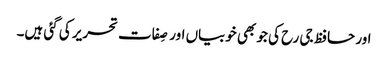
اور حافظ جی رح کی جو بھی خوبیاں اور صِفات تحریر کی گئی ہیں۔